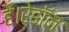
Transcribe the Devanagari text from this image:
हैं।रेडॉन